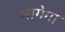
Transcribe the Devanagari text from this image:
भागेगा